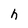
Character: h